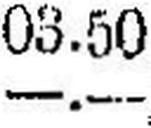
—.—